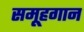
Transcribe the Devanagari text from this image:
समूहगान